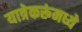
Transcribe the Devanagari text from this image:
यात्रेकरूंमध्ये